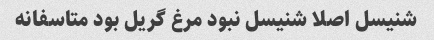
شنیسل اصلا شنیسل نبود مرغ گریل بود متاسفانه